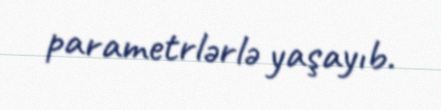
parametrlərlə yaşayıb.